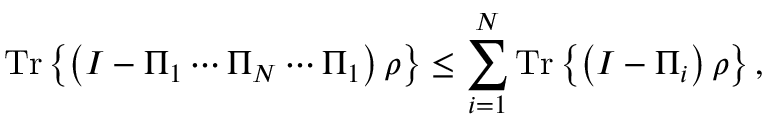
{ \mathrm { T r } } \left\{ \left( I - \Pi _ { 1 } \cdots \Pi _ { N } \cdots \Pi _ { 1 } \right) \rho \right\} \leq \sum _ { i = 1 } ^ { N } { \mathrm { T r } } \left\{ \left( I - \Pi _ { i } \right) \rho \right\} ,